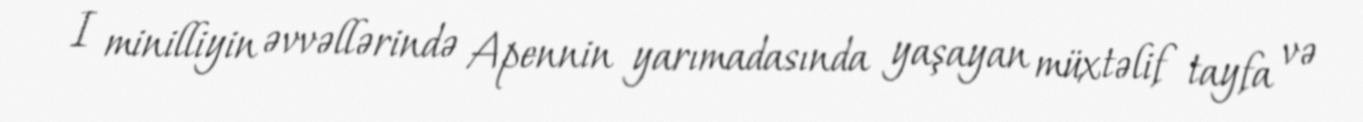
I minilliyin əvvəllərində Apennin yarımadasında yaşayan müxtəlif tayfa və